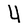
Character: Y